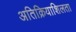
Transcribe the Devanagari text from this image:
अतिक्रियाशिलता